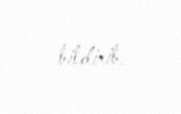
bildirib.